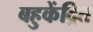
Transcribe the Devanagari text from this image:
बहुकेंद्रित